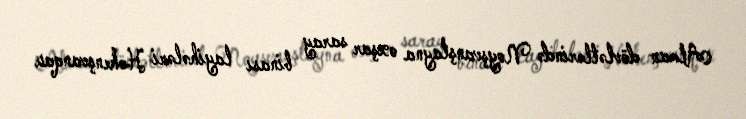
Alman dövlətlərində Noyşvanştayna oxşar saray binası layihələri Hohenşvanqau